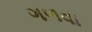
ગળવા